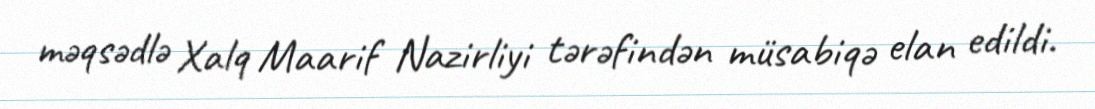
məqsədlə Xalq Maarif Nazirliyi tərəfindən müsabiqə elan edildi.